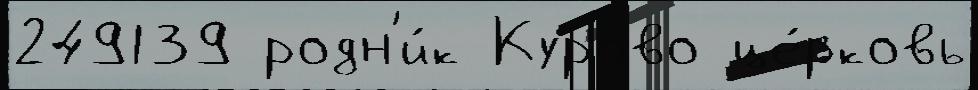
249139 родн'и́к Курово це́рковь